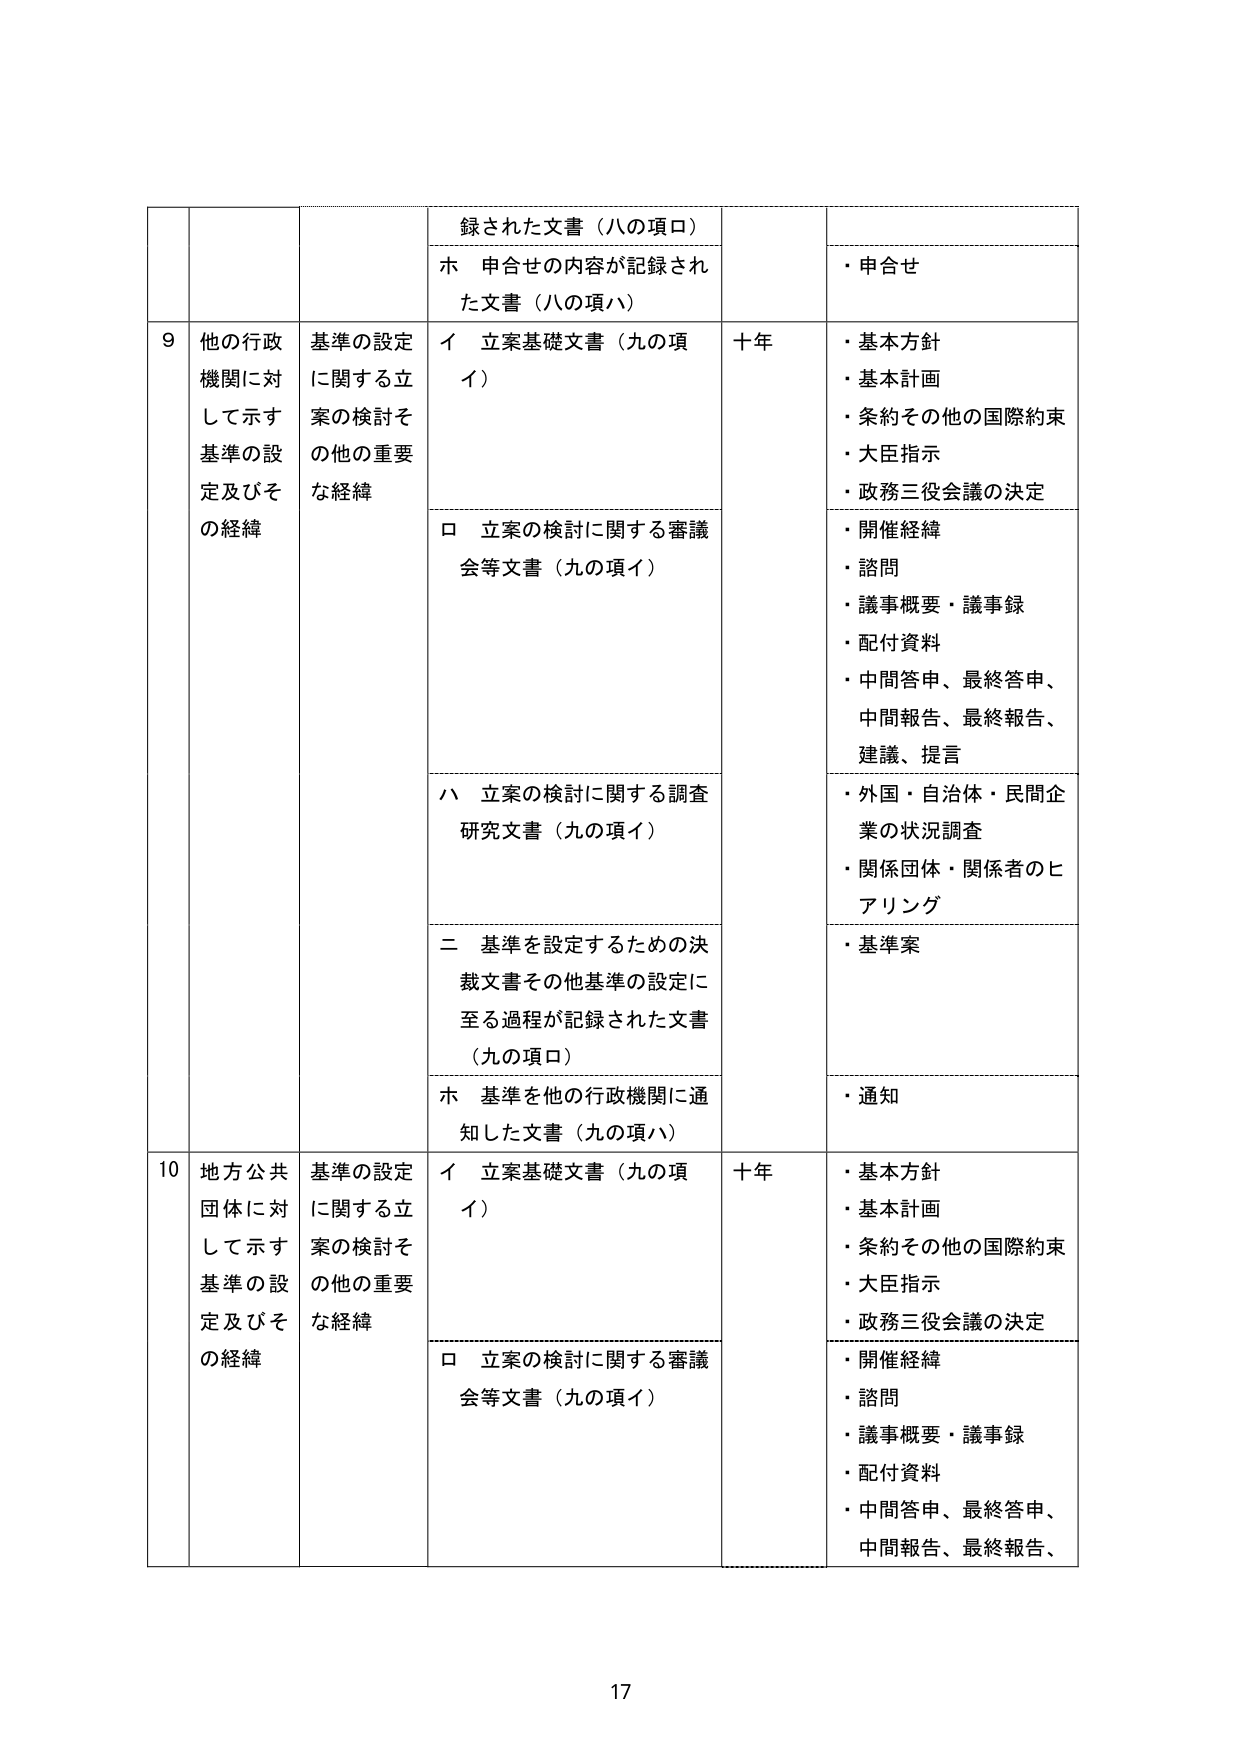
録された文書（八の項ロ）
ホ 申合せの内容が記録された文書（八の項ハ）
・申合せ

9 他の行政機関に対して示す基準の設定及びその経緯
基準の設定に関する立案の検討その他の重要な経緯
イ 立案基礎文書（九の項イ）
十年
・基本方針
・基本計画
・条約その他の国際約束
・大臣指示
・政務三役会議の決定

ロ 立案の検討に関する審議会等文書（九の項イ）
・開催経緯
・諮問
・議事概要・議事録
・配付資料
・中間答申、最終答申、中間報告、最終報告、建議、提言

ハ 立案の検討に関する調査研究文書（九の項イ）
・外国・自治体・民間企業の状況調査
・関係団体・関係者のヒアリング

二 基準を設定するための決裁文書その他基準の設定に至る過程が記録された文書（九の項ロ）
・基準案

ホ 基準を他の行政機関に通知した文書（九の項ハ）
・通知

10 地方公共団体に対して示す基準の設定及びその経緯
基準の設定に関する立案の検討その他の重要な経緯
イ 立案基礎文書（九の項イ）
十年
・基本方針
・基本計画
・条約その他の国際約束
・大臣指示
・政務三役会議の決定

ロ 立案の検討に関する審議会等文書（九の項イ）
・開催経緯
・諮問
・議事概要・議事録
・配付資料
・中間答申、最終答申、中間報告、最終報告、

17